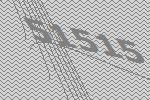
51515